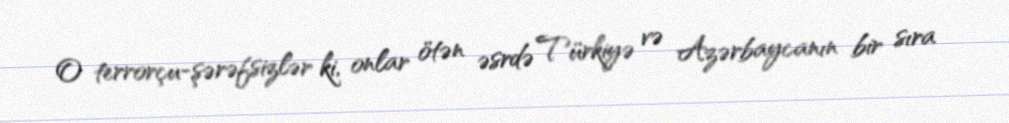
O terrorçu-şərəfsizlər ki, onlar ötən əsrdə Türkiyə və Azərbaycanın bir sıra